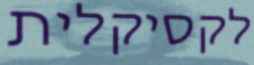
לקסיקלית